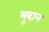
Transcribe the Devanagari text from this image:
भुदान